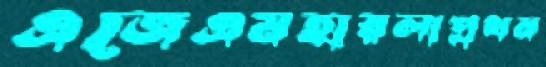
এজেএমহারলাপ্রথম